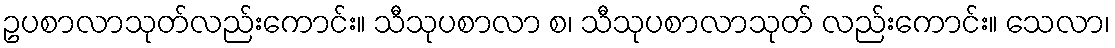
ဥပစာလာသုတ်လည်းကောင်း။ သီသုပစာလာ စ၊ သီသုပစာလာသုတ် လည်းကောင်း။ သေလာ၊